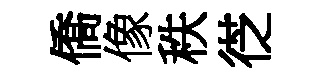
僑像秩徔